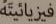
فيزيائيته